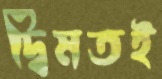
দ্বিমতই